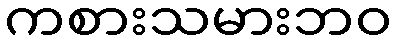
ကစားသမားဘဝ